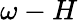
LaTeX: \omega-H